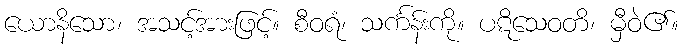
ယောနိသော၊ အသင့်အားဖြင့်။ စီဝရံ၊ သင်္ကန်းကို။ ပဋိသေဝတိ၊ မှီဝဲ၏။